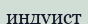
индуист